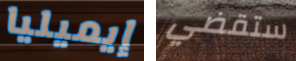
إيميليا ستقضي